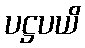
ပဋ္ဌပယိ